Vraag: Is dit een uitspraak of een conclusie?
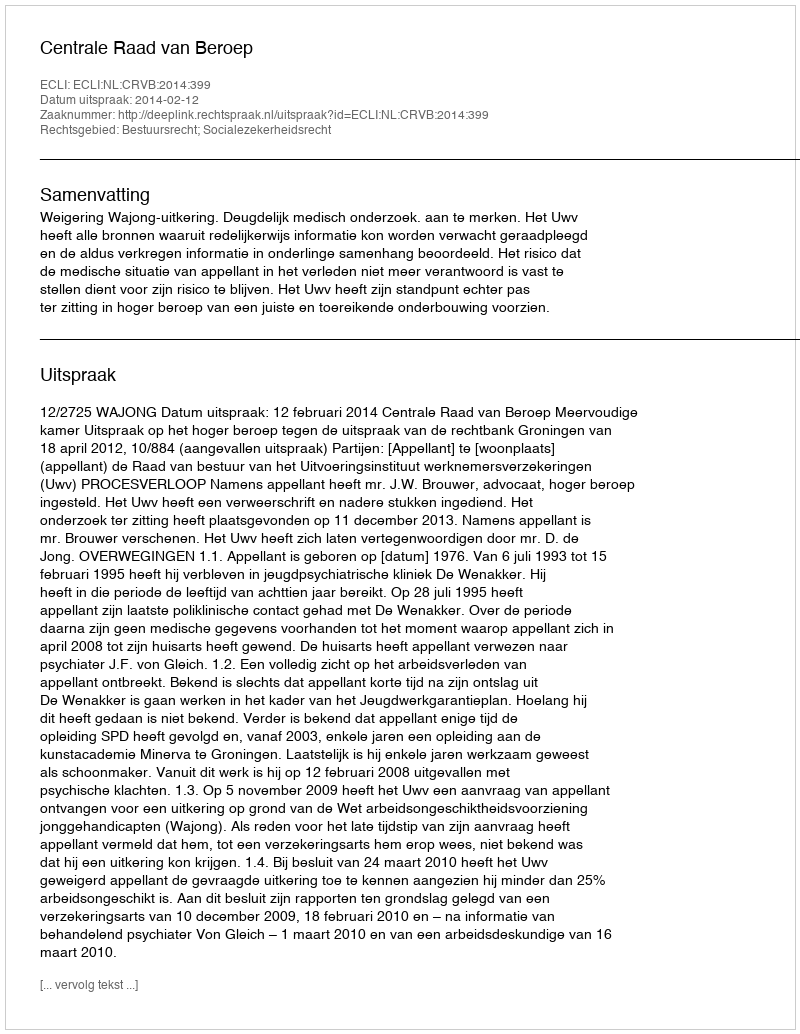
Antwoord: Uitspraak